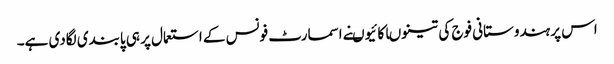
اس پر ہندوستانی فوج کی تینوںاکائیوںنے اسمارٹ فونس کے استعمال پر ہی پابندی لگادی ہے۔